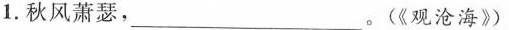
1.秋风萧瑟，___。(《观沧海》)